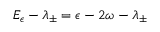
E _ { \epsilon } - \lambda _ { \pm } = \epsilon - 2 \omega - \lambda _ { \pm }